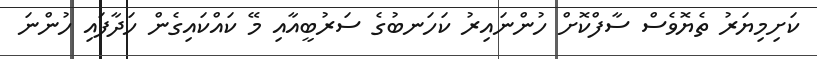
ކަށިމިޔަރު ތެޔޮވެސް ސާފްކޮށް ހުންނައިރު ކަހަނބުގެ ސަރުބީއާއި މޭ ކައްކައިގެން ހަދާފައި ހުންނަ